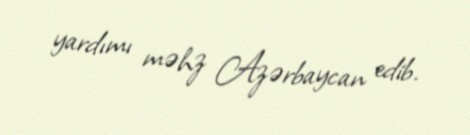
yardımı məhz Azərbaycan edib.